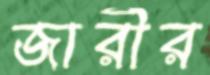
জারীর